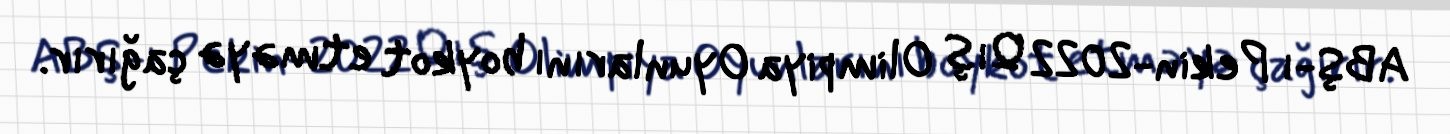
ABŞ-ı Pekin-2022 Qış Olimpiya Oyunlarını boykot etməyə çağırır.